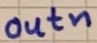
Text: outn